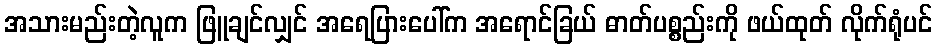
အသားမည်းတဲ့လူက ဖြူချင်လျှင် အရေပြားပေါ်က အရောင်ခြယ် ဓာတ်ပစ္စည်းကို ဖယ်ထုတ် လိုက်ရုံပင်